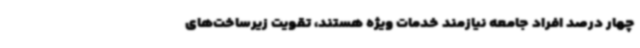
چهار درصد افراد جامعه نیازمند خدمات ویژه هستند، ‌تقویت زیرساخت‌های